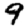
Digit: 9